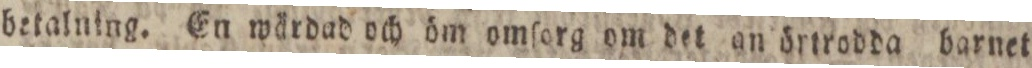
betalning. En wärdad och öm omſorg om det an örtrodda barnet